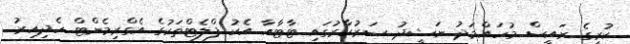
ކުރީގެ ރައީސް މުހައްމަދު ނަޝީދު ސަރުކާރުގައި ޓާޓާއާ އެކު ފްލެޓްތަކުގެ އެގްރިމެންޓް ހެދިއިރު